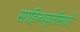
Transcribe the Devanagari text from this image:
साहित्यकृतींसाठी